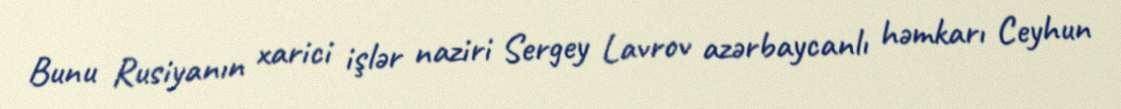
Bunu Rusiyanın xarici işlər naziri Sergey Lavrov azərbaycanlı həmkarı Ceyhun